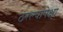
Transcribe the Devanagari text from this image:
ठरल्यापेक्षा